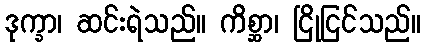
ဒုက္ခာ၊ ဆင်းရဲသည်။ ကိစ္ဆာ၊ ငြိုငြင်သည်။